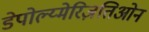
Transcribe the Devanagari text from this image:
डेपोल्य्मेरिज़तिओन